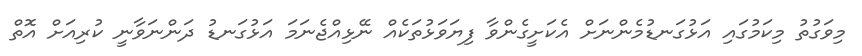
މިވަގުތު މިކަމުގައި އަޅުގަނޑުމެންނަށް އެކަށީގެންވާ ފިޔަވަޅުތަކެއް ނޭޅިއްޖެނަމަ އަޅުގަނޑު ދަންނަވާނީ ކުރިއަށް އޮތް